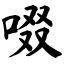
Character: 啜